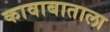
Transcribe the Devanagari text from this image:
कावाबाताला